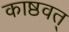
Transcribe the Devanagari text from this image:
काष्ठवत्